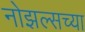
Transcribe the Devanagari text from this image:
नोझल्सच्या